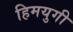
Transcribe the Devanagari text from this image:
हिमयुगी